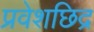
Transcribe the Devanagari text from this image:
प्रवेशछिद्र